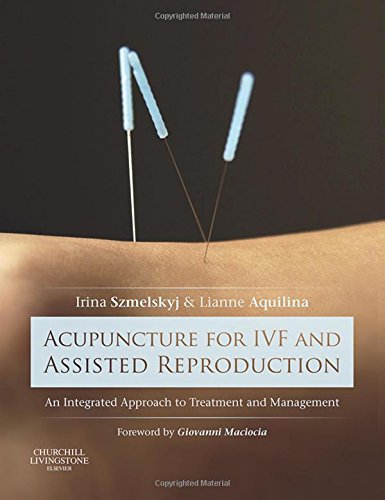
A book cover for Acupuncture for IVF and Assisted Reproduction: An integrated approach to treatment and management, 1e; Irina Szmelskyj DipAc MSc MBAcC; Parenting & Relationships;